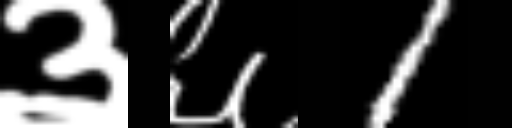
Text: ३६1